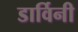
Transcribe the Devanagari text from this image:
डार्विनी